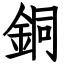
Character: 銅